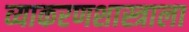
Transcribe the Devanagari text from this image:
व्याकरणशास्त्राला